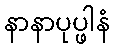
နာနာပုပ္ဖါနံ